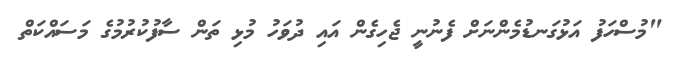
"މުސްހަފު އަޅުގަނޑުމެންނަށް ފެނުނީ ޖެހިގެން އައި ދުވަހު މުޅި ތަން ސާފުކުރުމުގެ މަސައްކަތް